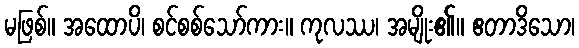
မဖြစ်။ အထောပိ၊ စင်စစ်သော်ကား။ ကုလဿ၊ အမျိုး၏။ ဧတာဒိသော၊